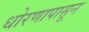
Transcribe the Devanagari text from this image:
धोरणापासून